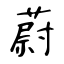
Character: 蔚